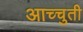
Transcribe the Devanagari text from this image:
आच्चुती